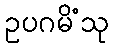
ဥပဂမိံသု